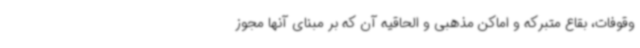
وقوفات، بقاع متبرکه و اماکن مذهبی و الحاقیه آن که بر مبنای آنها مجوز